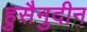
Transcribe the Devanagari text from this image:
हुसैनुदीन